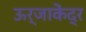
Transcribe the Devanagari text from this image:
ऊर्जाकेंद्र